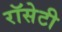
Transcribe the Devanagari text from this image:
रॉसेटी